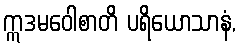
ဣဒမဝေါစာတိ ပရိယောသာနံ,